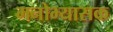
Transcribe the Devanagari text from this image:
मनोभ्यासक